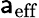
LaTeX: \mathsf{a}_{\mathrm{{eff}}}